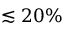
\lesssim 2 0 \%